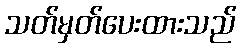
သတ်မှတ်ပေးထားသည်